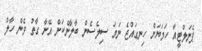
ޕެނަލްޓީއާ ހަމަޔަށް ހިނގައްޖެ ނަމަ ސިލެސެން ބާލާނެކަން އޭނާ ގާތު ވެން ހާލް